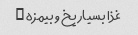
غذا بسیار یخ و بیمزه …